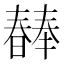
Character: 𣋕